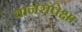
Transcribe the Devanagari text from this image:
वानरांपेक्षा